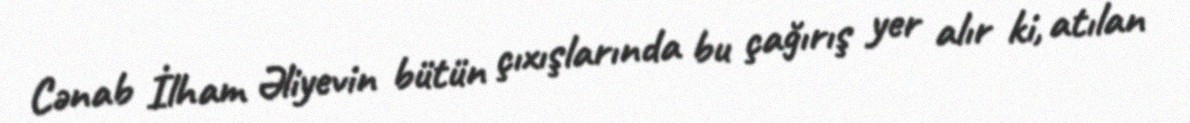
Cənab İlham Əliyevin bütün çıxışlarında bu çağırış yer alır ki, atılan